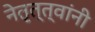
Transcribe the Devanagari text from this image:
नेतृत्त्वांनी